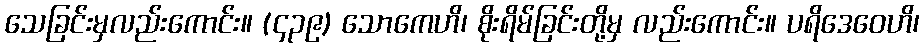
သေခြင်းမှလည်းကောင်း။ (၄၃၉) သောကေဟိ၊ စိုးရိမ်ခြင်းတို့မှ လည်းကောင်း။ ပရိဒေဝေဟိ၊